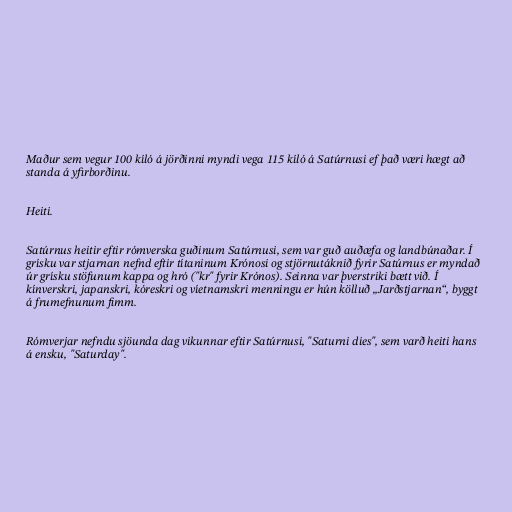
Maður sem vegur 100 kíló á jörðinni myndi vega 115 kíló á Satúrnusi ef það væri hægt að
standa á yfirborðinu.

Heiti.

Satúrnus heitir eftir rómverska guðinum Satúrnusi, sem var guð auðæfa og landbúnaðar. Í
grísku var stjarnan nefnd eftir títaninum Krónosi og stjörnutáknið fyrir Satúrnus er myndað
úr grísku stöfunum kappa og hró ("kr" fyrir Krónos). Seinna var þverstriki bætt við. Í
kínverskri, japanskri, kóreskri og víetnamskri menningu er hún kölluð „Jarðstjarnan“, byggt
á frumefnunum fimm.

Rómverjar nefndu sjöunda dag vikunnar eftir Satúrnusi, "Saturni dies", sem varð heiti hans
á ensku, "Saturday".